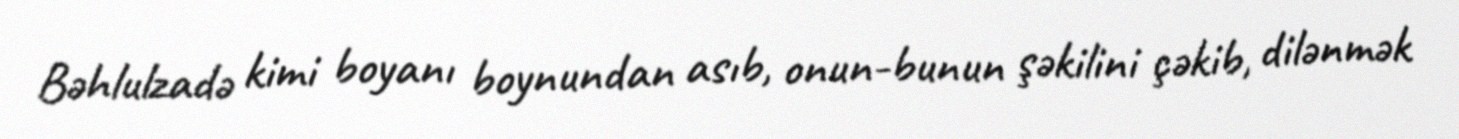
Bəhlulzadə kimi boyanı boynundan asıb, onun-bunun şəkilini çəkib, dilənmək